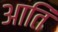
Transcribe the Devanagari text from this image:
आतिं